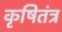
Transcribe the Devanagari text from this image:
कृषितंत्र